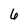
Character: 6